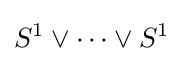
S^{1}\vee \cdots \vee S^{1}